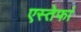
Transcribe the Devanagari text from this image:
एस्तेफां